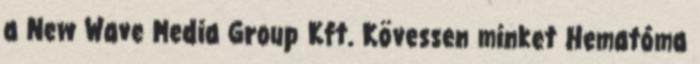
a New Wave Media Group Kft. Kövessen minket Hematóma